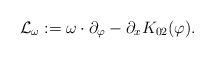
LaTeX: \begin{align*}\mathcal{L}_{\omega}:=\omega\cdot\partial_{\varphi}-\partial_x K_{0 2}(\varphi).\end{align*}